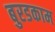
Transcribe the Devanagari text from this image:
बुरडकाम